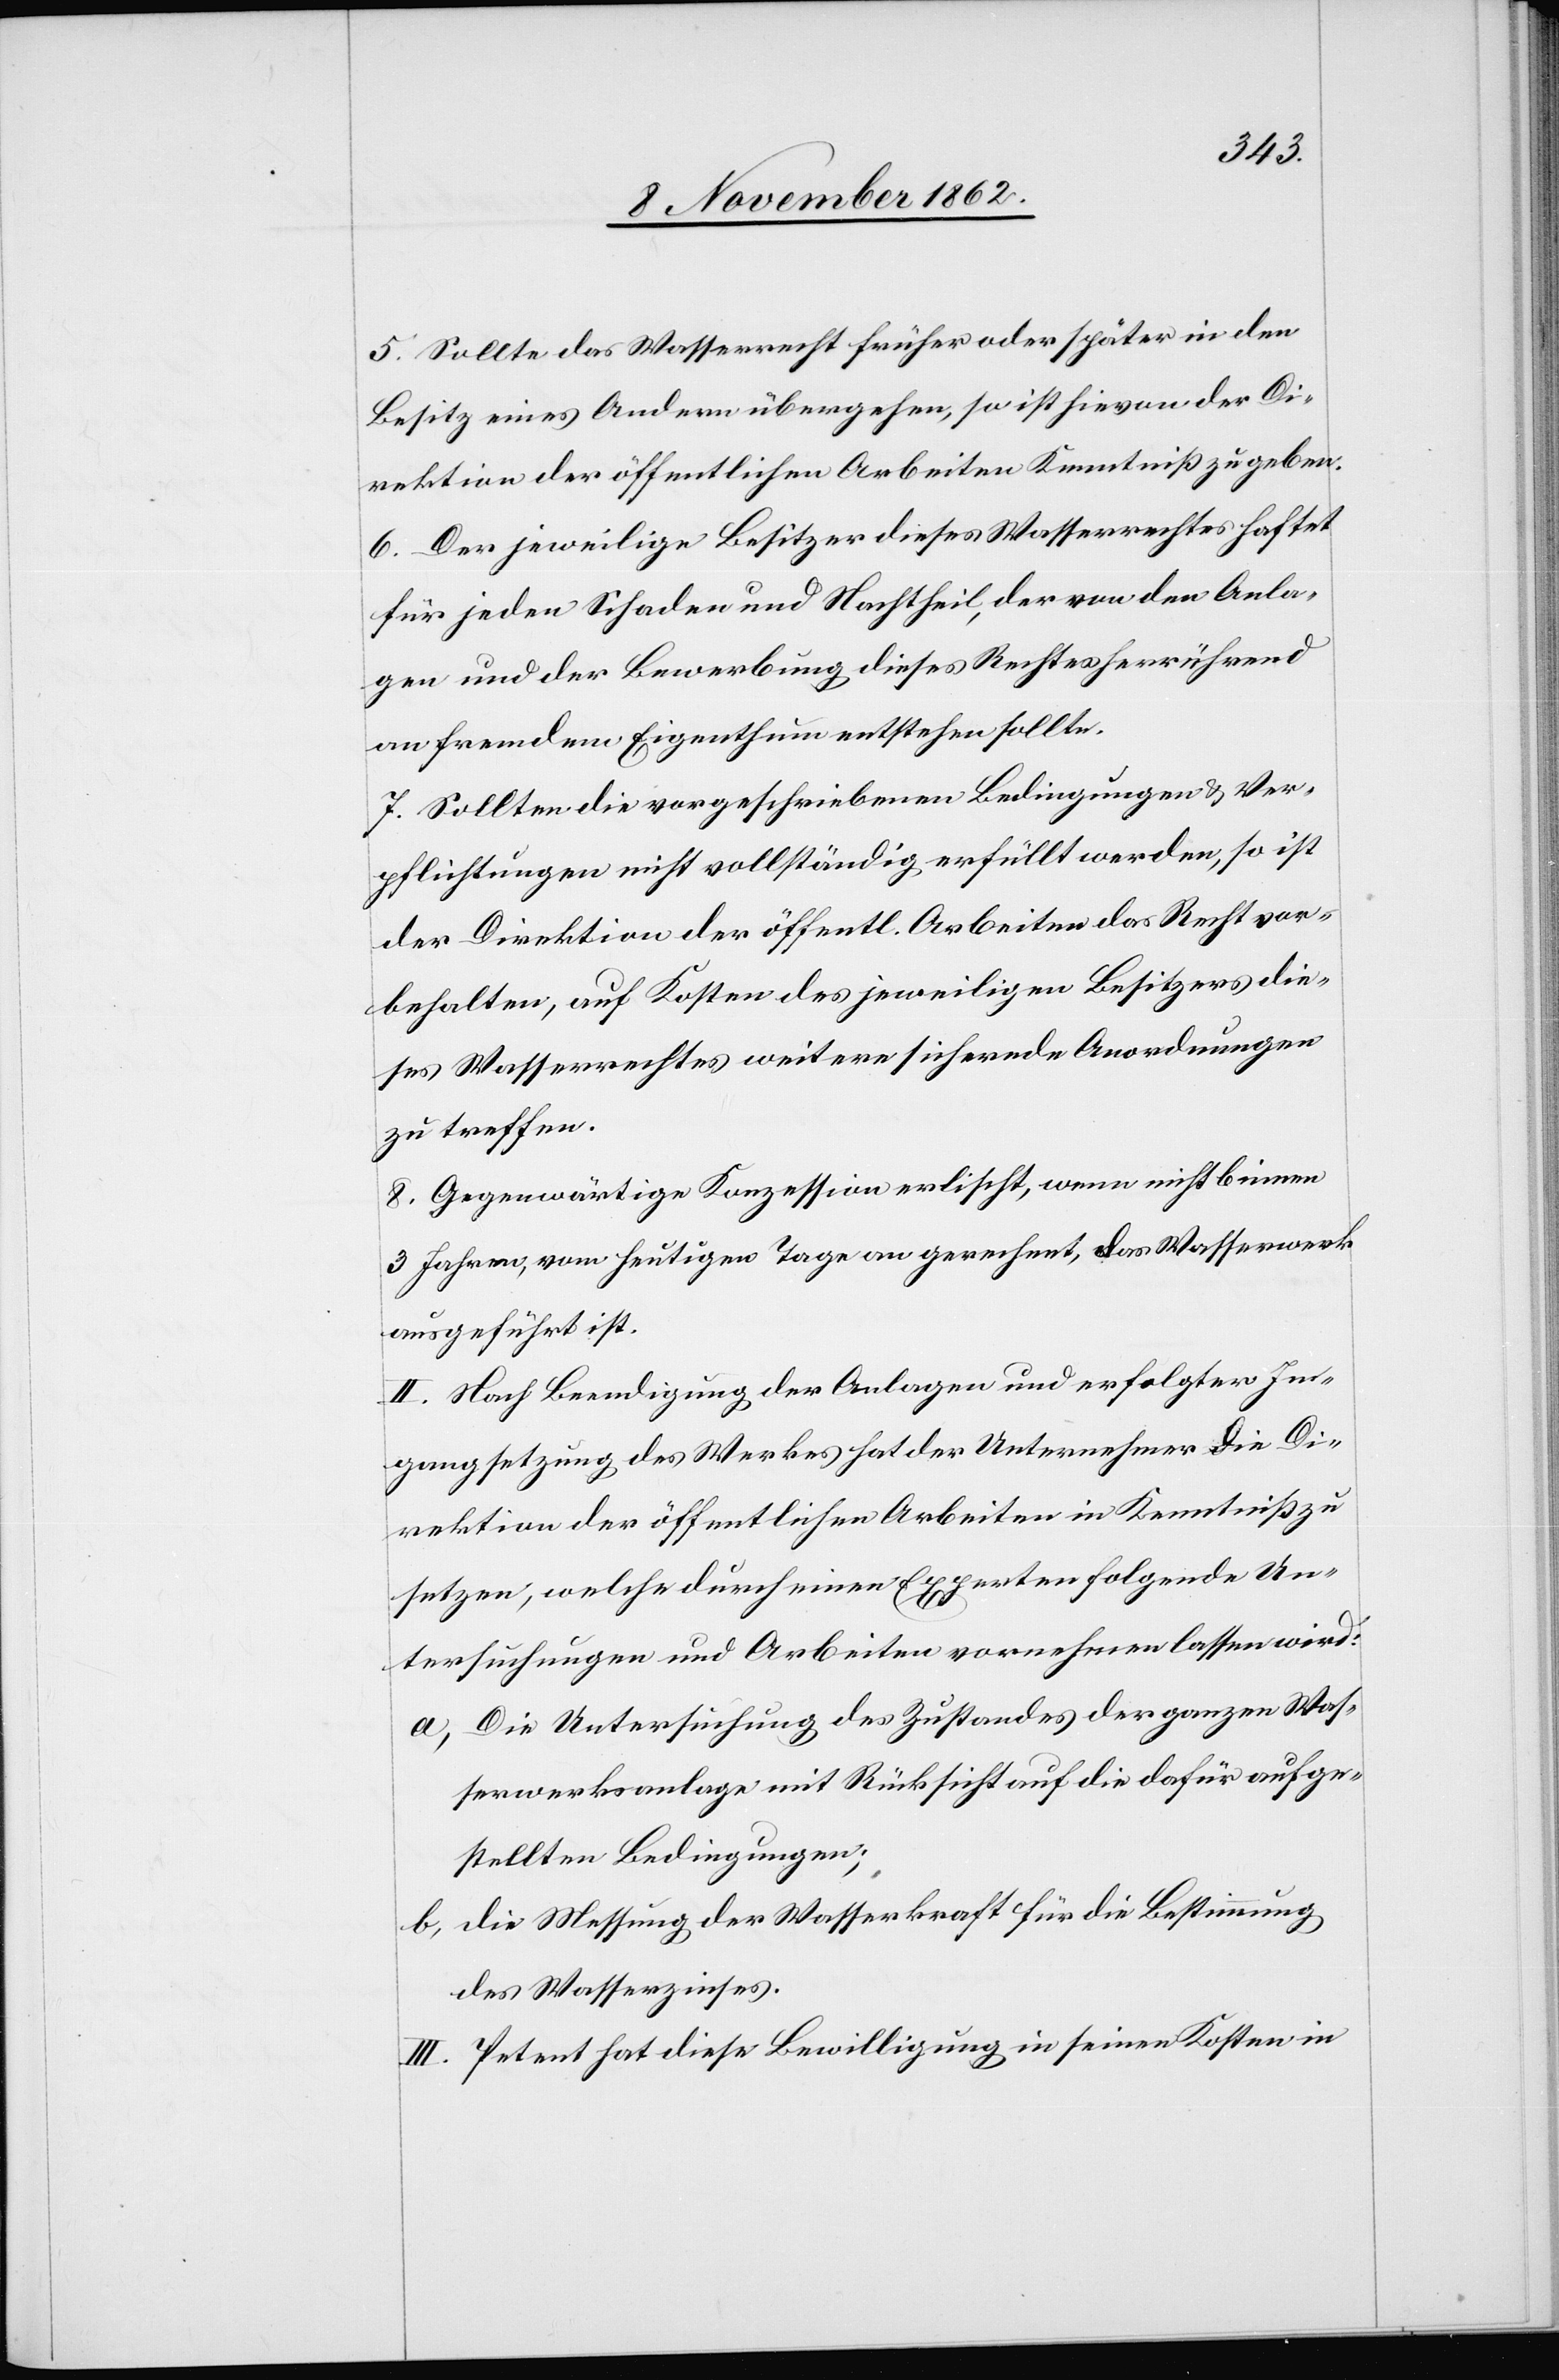
5. Sollte das Wasserrecht früher oder später in den
Besitz eines Andern übergehen, so ist hievon der Di¬
rektion der öffentlichen Arbeiten Kenntniß zu geben.
6. Der jeweilige Besitzer dieses Wasserrechtes haftet
für jeden Schaden und Nachtheil, der von den Anla¬
gen und der Bewerbung dieses Rechtes herrührend
an fremdem Eigenthum entstehen sollte.
7. Sollten die vorgeschriebenen Bedingungen u. Ver¬
pflichtungen nicht vollständig erfüllt werden, so ist
der Direktion der öffentl. Arbeiten das Recht vor¬
behalten, auf Kosten des jeweiligen Besitzers die¬
ses Wasserrechtes weitere sichernde Anordnungen
zu treffen.
8. Gegenwärtige Konzession erlischt, wenn nicht binnen
3 Jahren, vom heutigen Tage an gerechnet, das Wasserwerk
ausgeführt ist.
II. Nach Beendigung der Anlagen und erfolgter In¬
gangsetzung des Werkes hat der Unternehmer die Di¬
rektion der öffentlichen Arbeiten in Kenntniß zu
setzen, welche durch einen Experten folgende Un¬
tersuchungen und Arbeiten vornehmen lassen wird:
a) Die Untersuchung des Zustandes der ganzen Was¬
serwerksanlage mit Rücksicht auf die dafür aufge¬
stellten Bedingungen;
b) Die Messung der Wasserkraft für die Bestimmung
des Wasserzinses.
III. Petent hat diese Bewilligung in seinen Kosten in